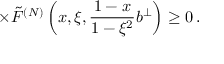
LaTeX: \times \tilde { F } ^ { ( N ) } \left( x , \xi , \frac { 1 - x } { 1 - \xi ^ { 2 } } b ^ { \perp } \right) \geq 0 \, .